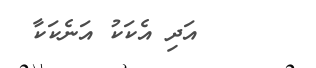
٢٧      އަދި އެކަކު އަނެކަކާ